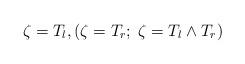
LaTeX: \begin{align*}\zeta=T_l, ( \zeta=T_r;\; \zeta=T_l\wedge T_r)\end{align*}